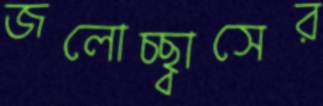
জলোচ্ছ্বাসের